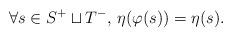
LaTeX: \begin{align*}\forall s \in S^+ \sqcup T^-,\, \eta(\varphi(s)) = \eta(s).\end{align*}